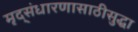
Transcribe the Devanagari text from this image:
मृद्संधारणासाठीसुद्धा